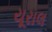
યૂરાલ